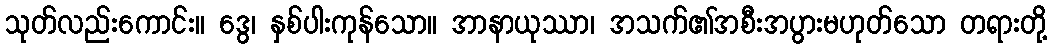
သုတ်လည်းကောင်း။ ဒွေ၊ နှစ်ပါးကုန်သော။ အာနာယုဿာ၊ အသက်၏အစီးအပွားမဟုတ်သော တရားတို့